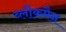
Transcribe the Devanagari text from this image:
ब्लौकमैन